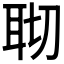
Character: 𦕀